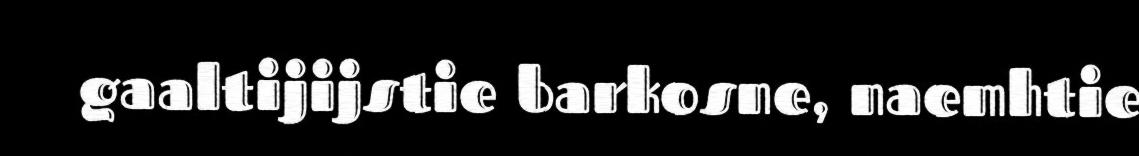
gaaltijijstie barkosne, naemhtie